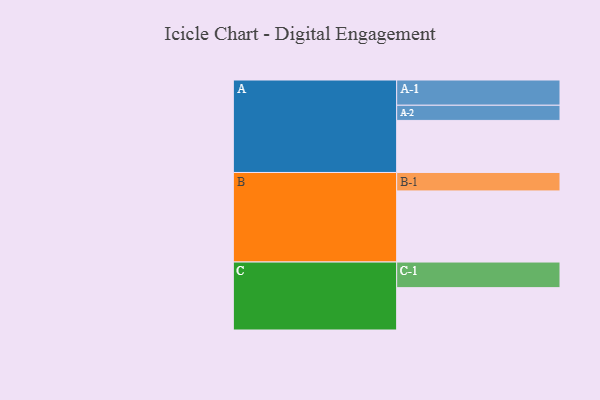
{"axis": {"x": "Segment", "y": "Value"}, "legend": ["", "A", "B", "C"], "data": [{"x": "A", "y": 429, "type": ""}, {"x": "B", "y": 586, "type": ""}, {"x": "C", "y": 349, "type": ""}, {"x": "A-1", "y": 208, "type": "A"}, {"x": "A-2", "y": 125, "type": "A"}, {"x": "B-1", "y": 152, "type": "B"}, {"x": "C-1", "y": 211, "type": "C"}]}